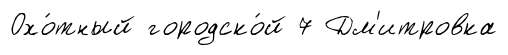
Охо́тный городско́й 7 Дм'итровка